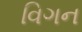
વિગન